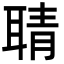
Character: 聙